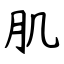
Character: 肌